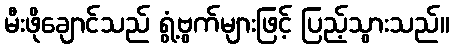
မီးဖိုချောင်သည် ရွံ့ဗွက်များဖြင့် ပြည့်သွားသည်။